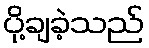
ပို့ချခဲ့သည်